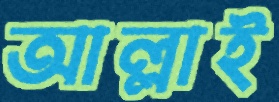
আল্লাই